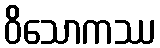
ဝိသောကဿ